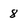
Character: 8